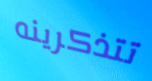
تتذكرينه